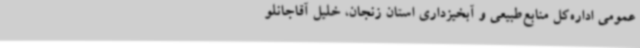
‌عمومی اداره‌کل منابع‌طبیعی و آبخیزداری استان زنجان، خلیل آقاجانلو